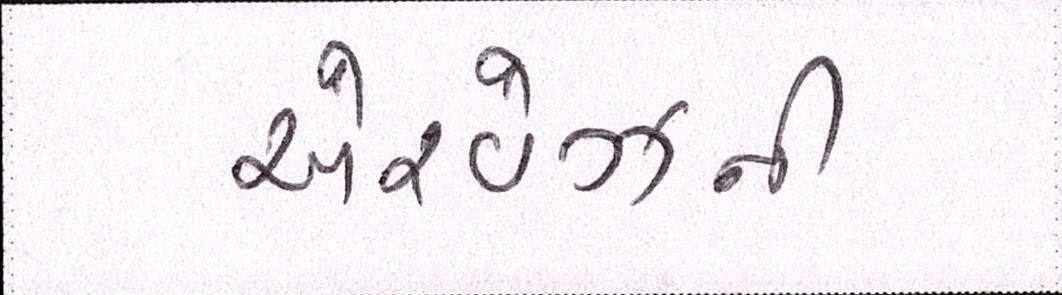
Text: એરવેઝની